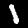
Label: 1